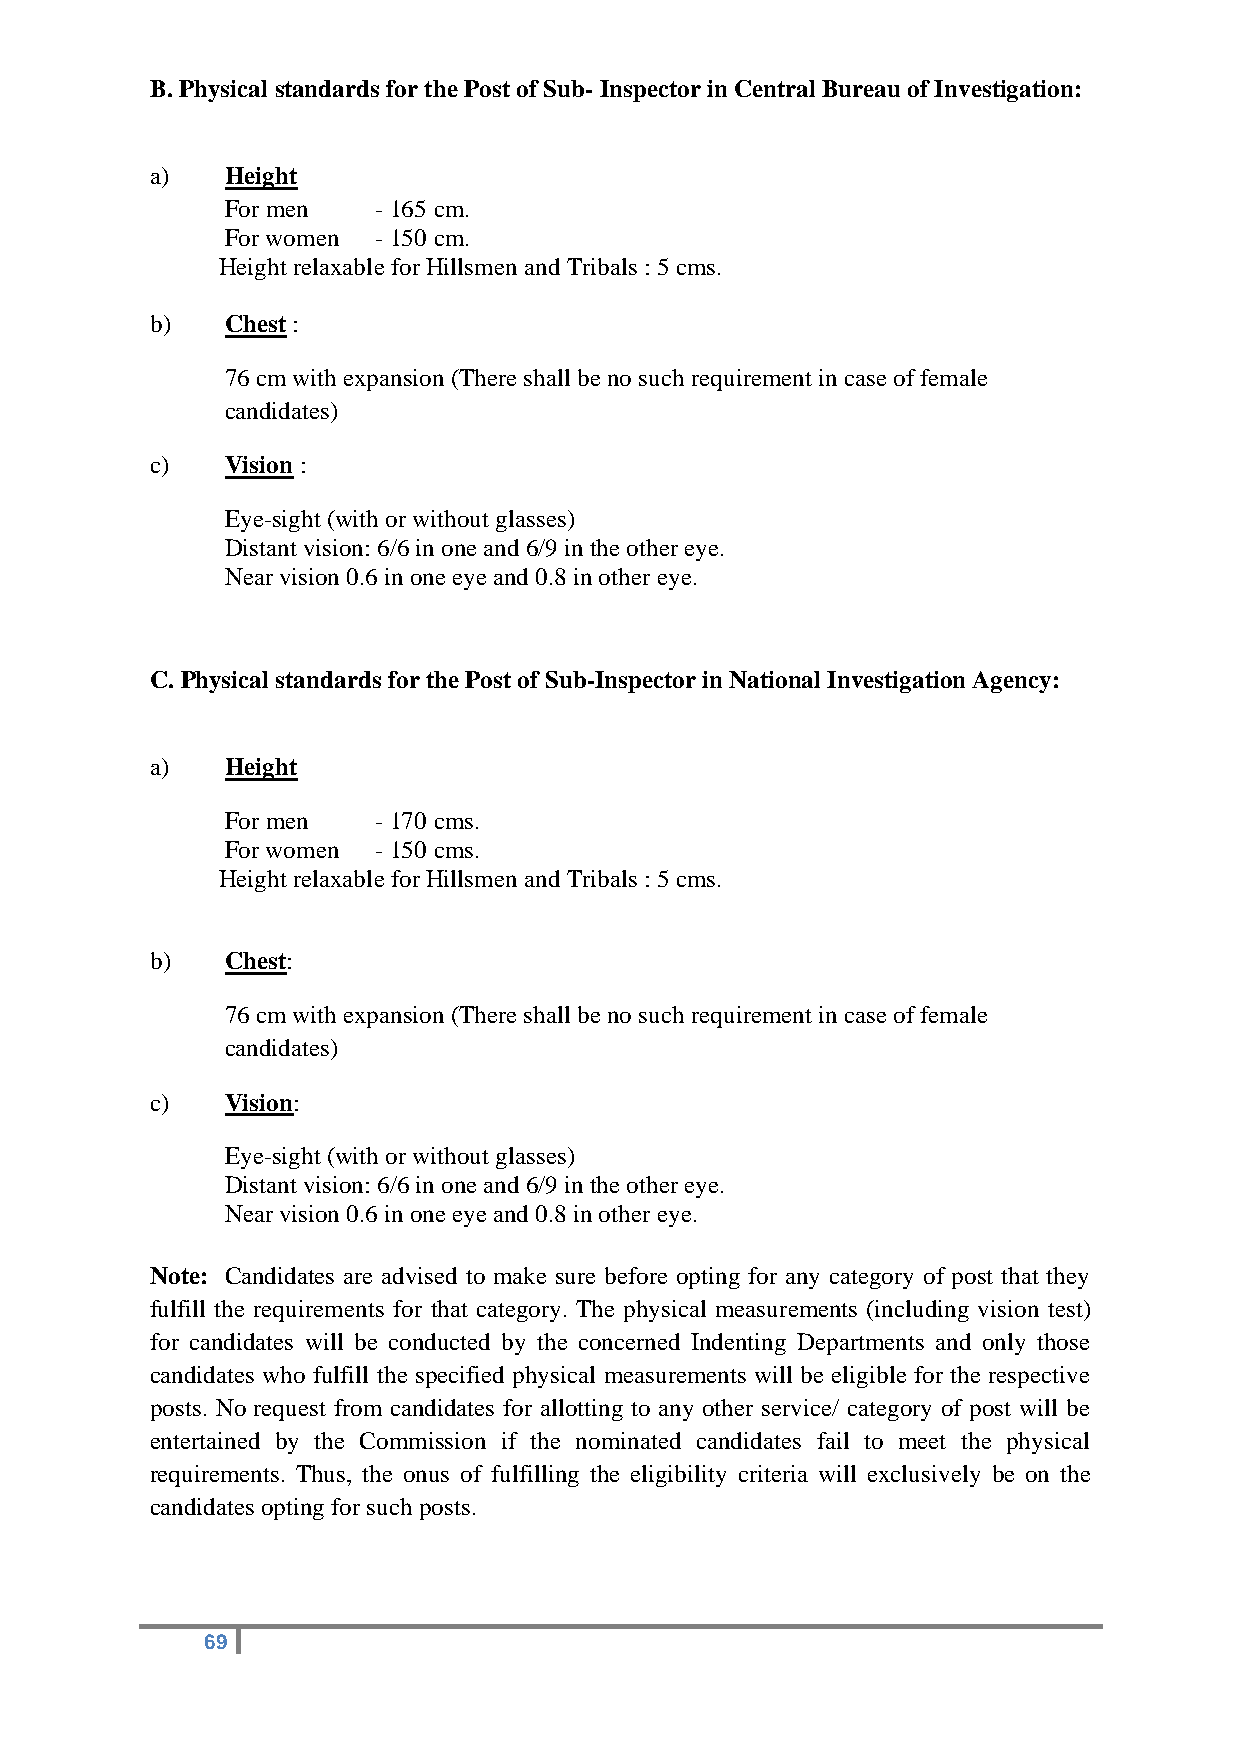
B. Physical standards for the Post of Sub- Inspector in Central Bureau of Investigation:
 a)   Height
 For men   - 165 cm.
 For women - 150 cm.
 Height relaxable for Hillsmen and Tribals : 5 cms.
 b)   Chest :
 76 cm with expansion (There shall be no such requirement in case of female
 candidates)
 c)   Vision :
 Eye-sight (with or without glasses)
 Distant vision: 6/6 in one and 6/9 in the other eye.
 Near vision 0.6 in one eye and 0.8 in other eye.
 C. Physical standards for the Post of Sub-Inspector in National Investigation Agency:
 a)   Height
 For men   - 170 cms.
 For women - 150 cms.
 Height relaxable for Hillsmen and Tribals : 5 cms.
 b)   Chest:
 76 cm with expansion (There shall be no such requirement in case of female
 candidates)
 c)   Vision:
 Eye-sight (with or without glasses)
 Distant vision: 6/6 in one and 6/9 in the other eye.
 Near vision 0.6 in one eye and 0.8 in other eye.
 Note: Candidates are advised to make sure before opting for any category of post that they
 fulfill the requirements for that category. The physical measurements (including vision test)
 for candidates will be conducted by the concerned Indenting Departments and only those
 candidates who fulfill the specified physical measurements will be eligible for the respective
 posts. No request from candidates for allotting to any other service/ category of post will be
 entertained by the Commission if the nominated candidates fail to meet the physical
 requirements. Thus, the onus of fulfilling the eligibility criteria will exclusively be on the
 candidates opting for such posts.
 69